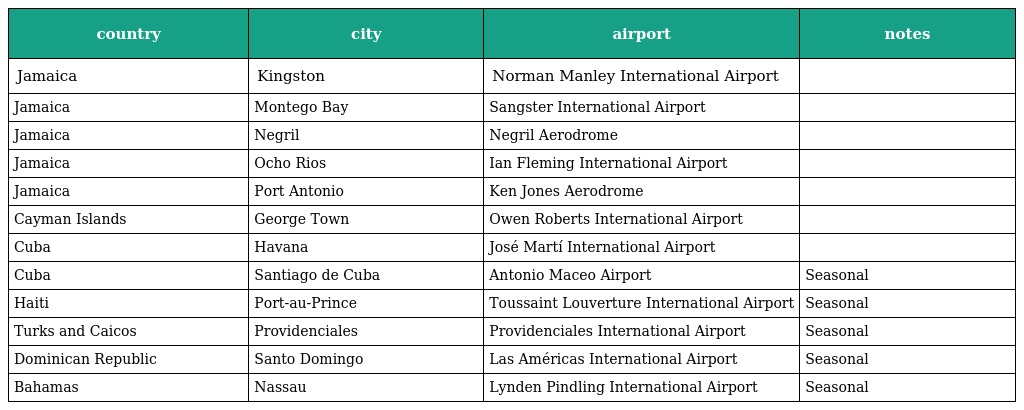
| country | city | airport | notes |
 | --- | --- | --- | --- |
 | Jamaica | Kingston | Norman Manley International Airport |  |
 | Jamaica | Montego Bay | Sangster International Airport |  |
 | Jamaica | Negril | Negril Aerodrome |  |
 | Jamaica | Ocho Rios | Ian Fleming International Airport |  |
 | Jamaica | Port Antonio | Ken Jones Aerodrome |  |
 | Cayman Islands | George Town | Owen Roberts International Airport |  |
 | Cuba | Havana | José Martí International Airport |  |
 | Cuba | Santiago de Cuba | Antonio Maceo Airport | Seasonal |
 | Haiti | Port-au-Prince | Toussaint Louverture International Airport | Seasonal |
 | Turks and Caicos | Providenciales | Providenciales International Airport | Seasonal |
 | Dominican Republic | Santo Domingo | Las Américas International Airport | Seasonal |
 | Bahamas | Nassau | Lynden Pindling International Airport | Seasonal |